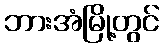
ဘားအံမြို့တွင်